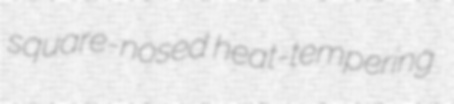
square-nosed heat-tempering